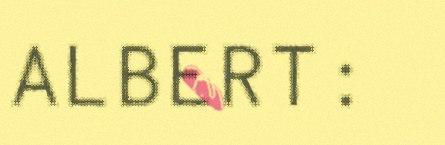
ALBERT: